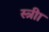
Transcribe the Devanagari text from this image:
स्त्रीा